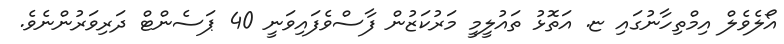
އޯލެވެލް އިމްތިހާނުގައި ޏ. އަތޮޅު ތައުލީމީ މަރުކަޒުން ފާސްވެފައިވަނީ 40 ޕަސެންޓް ދަރިވަރުންނެވެ.